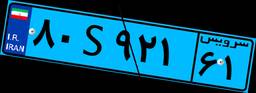
۷۷S۰۲۹۶۸